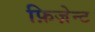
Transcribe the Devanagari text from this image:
फ़िज़ेन्ट